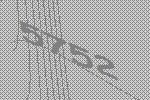
5752